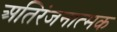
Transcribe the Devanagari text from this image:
अतिरंजनात्मक